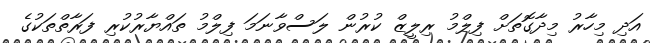
އަދި މިހާރު މިދާގޮތަށް ފިލްމު ރިލީޒް ކުރުން ލަސްވާނަމަ ފިލްމު ތައްޔާރުކުރި ފަރާތްތަކުގެ